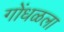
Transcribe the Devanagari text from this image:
गोंधळला